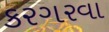
કરગરવા